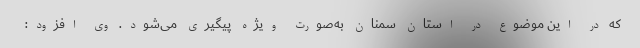
که در این موضوع در استان سمنان به‌صورت ویژه پیگیری می‌شود. وی افزود: